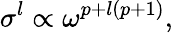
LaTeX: \sigma^{l}\propto\omega^{p+l(p+1)},